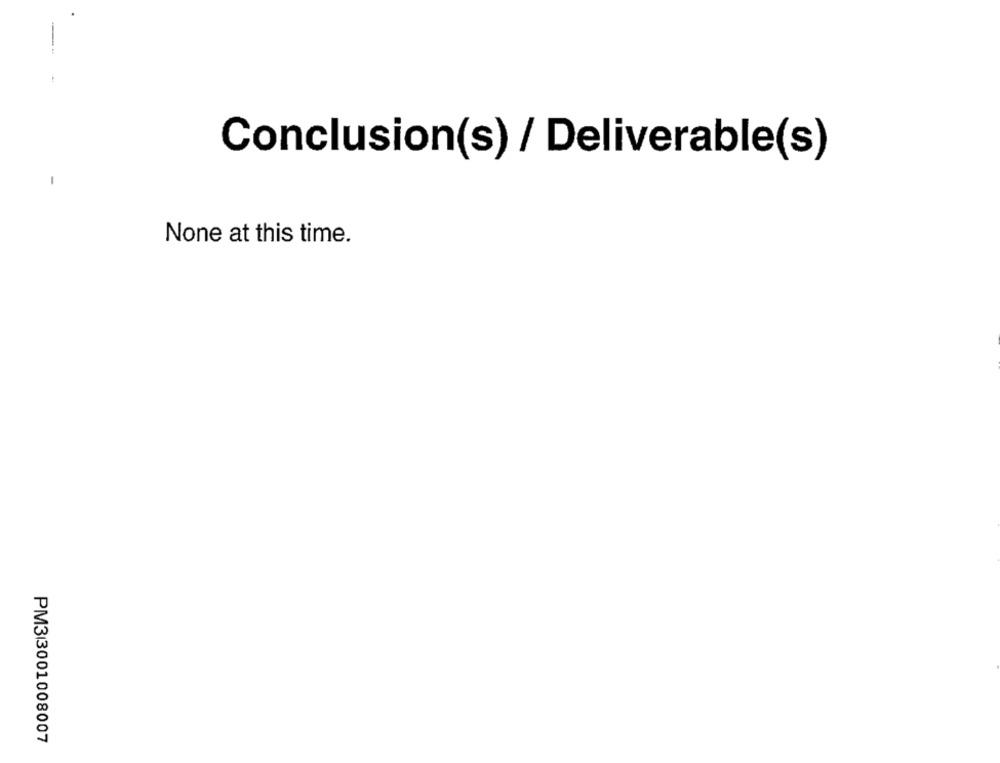
Conclusion(s) / Deliverable(s)
-
None at this time.
PM313001008007